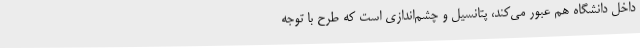
داخل دانشگاه هم عبور می‌کند، پتانسیل و چشم‌اندازی است که طرح با توجه